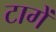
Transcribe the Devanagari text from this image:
टागें